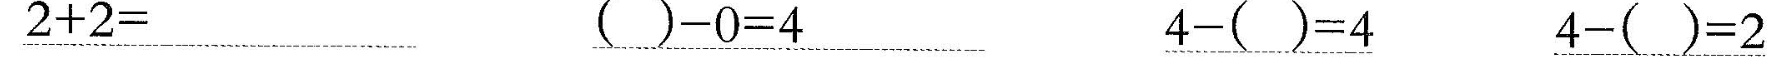
\underline{$$2 + 2 =$$} \underline{$$( ) - 0 = 4$$} \underline{$$4 - ( ) = 4$$} \underline{$$4 - ( ) = 2$$}